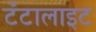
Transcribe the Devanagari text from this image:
टँटालाइट